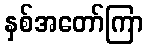
နှစ်အတော်ကြာ